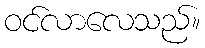
ဝင်လာလေသည်။